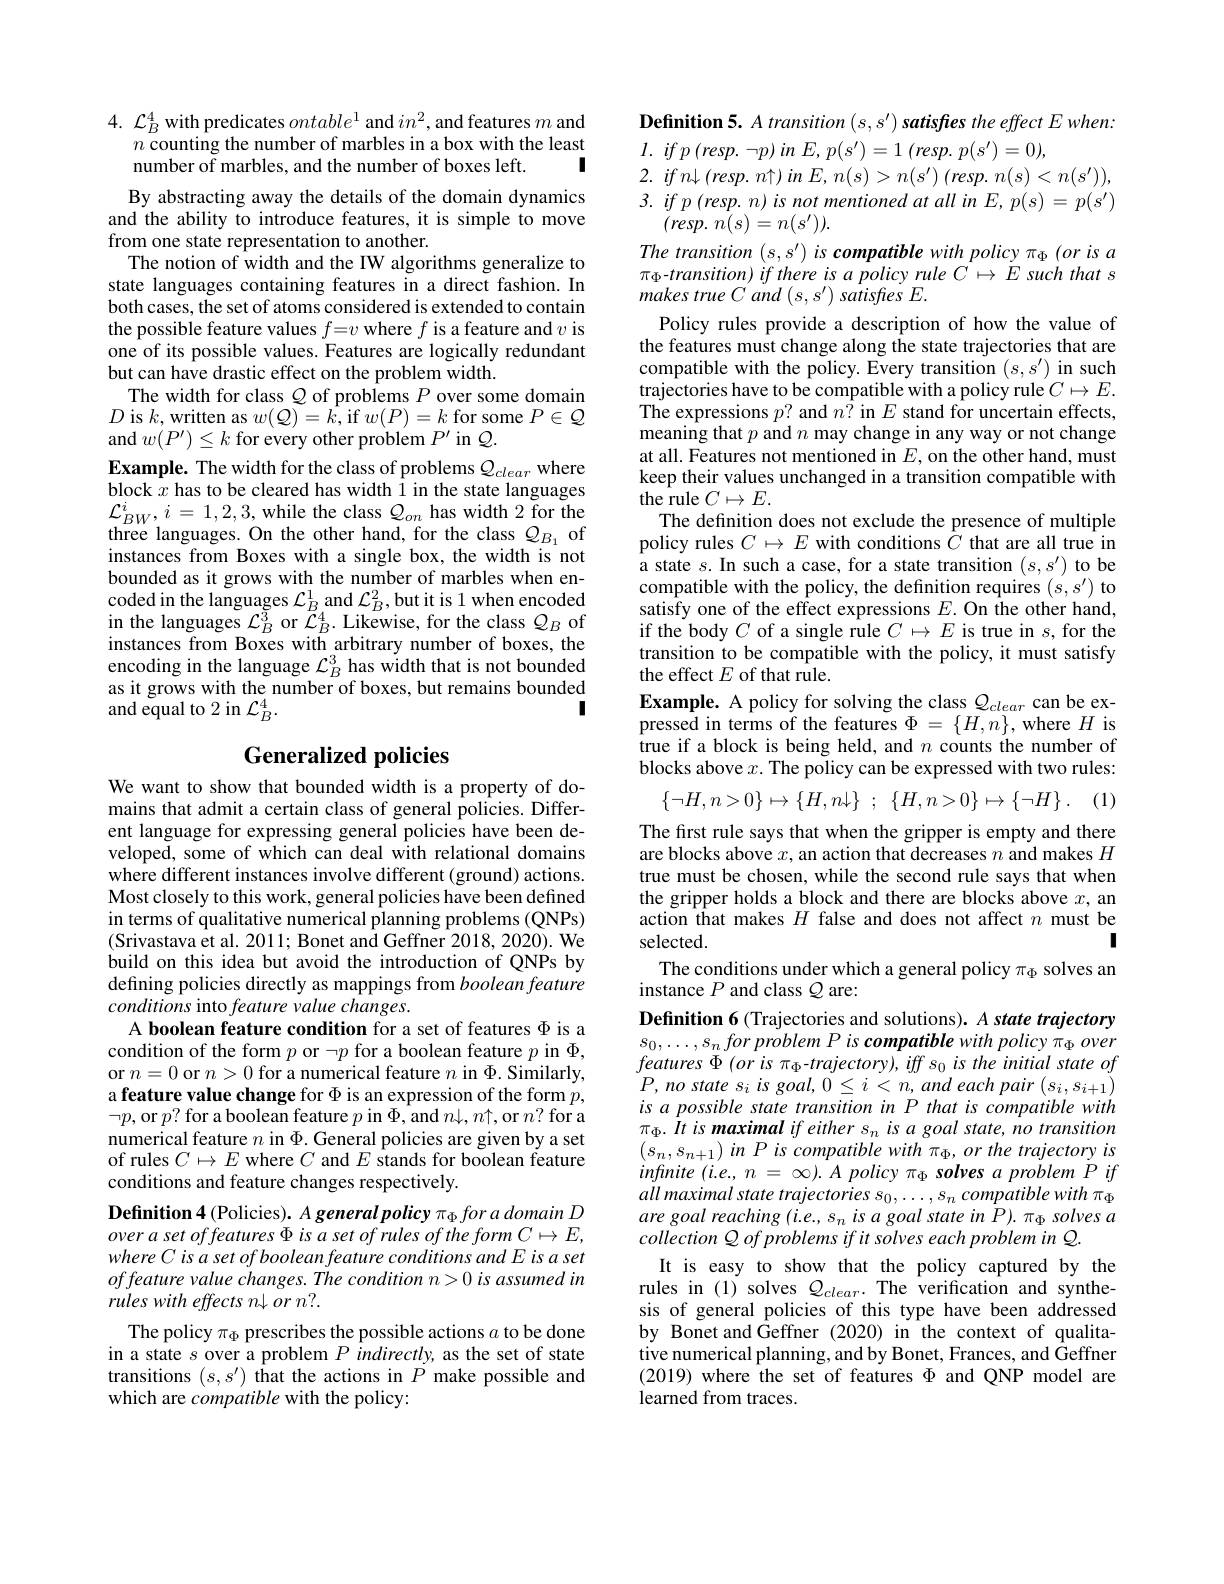
# $4.{\mathcal{L}}_{B}^{4}$ with predicates $ontable^1$ and $in^2$,and features $m$ and $n\hat{\text{ counting the number of marbles in a box with the least}}$ I number of marbles, and the number of boxes left.

By abstracting away the details of the domain dynamics and the ability to introduce features, it is simple to move from one state representation to another.
The notion of width and the IW algorithms generalize to state languages containing features in a direct fashion. In both cases, the set of atoms considered is extended to contain the possible feature values $f=v$ where $f$ is a feature and $v$ is one of its possible values. Features are logically redundant but can have drastic effect on the problem width.
The width for class $Q$ of problems $P$ over some domain $D$ is $k$,written as $w(\mathcal{Q})=\tilde{k}$,if $w(P)=k$ for some $P\in\mathcal{Q}$ and $w(P^{\prime})\leq k$ for every other problem $P^\prime$ in $Q.$
Example. The width for the class of problems $\mathcal{Q}_clear$ where block $x$ has to be cleared has width I in the state languages $\mathcal{L}_{BW}^{i},i=1,2,3$,while the class $\mathcal{Q}_on$ has width 2 for the three languages. On the other hand, for the class $Q_{B_1}$ of instances from Boxes with a single box, the width is not bounded as it grows with the number of marbles when encoded in the languages $\mathcal{L}_B^1$ and $\mathcal{L}_B^2$,but it is 1 when encoded in the languages $\mathcal{L}_B^3$ or $\mathcal{L}_B^4.$ Likewise, for the class $\mathcal{Q}_B$ of instances from Boxes with arbitrary number of boxes, the encoding in the language $\mathcal{L}_B^3$ has width that is not bounded as it grows with the number of boxes, but remains bounded
I
and equal to 2 in $\mathcal{L}_B^4.$

## Generalized policies

We want to show that bounded width is a property of domains that admit a certain class of general policies. Different language for expressing general policies have been developed, some of which can deal with relational domains where different instances involve different (ground) actions. Most closely to this work, general policies have been defined in terms of qualitative numerical planning problems (QNPs) (Srivastava et al. 2011; Bonet and Geffner 2018, 2020). { We} build on this idea but avoid the introduction of QNPs by defining policies directly as mappings from booleanfeature conditions into feature value changes.
A boolean feature condition for a set of features $\Phi$ is a condition of the form $p$ or $\neg p$ for a boolean feature $p$ in $\Phi$, or $n=0$ or $n>0$ for a numerical feature $n$ in $\Phi.$ Similarly, a feature value change for $\Phi$ is an expression of the form $p$, $\neg p$,or $p?$ for a boolean feature $p$ in $\Phi$,and $n\downarrow,n\uparrow$,or $n?$ for a numerical feature $n$ in $\Phi.$ General policies are given by a set of rules $C\mapsto E$ where $C$ and $\hat{E}$ stands for boolean feature conditions and feature changes respectively.

Definition 4 (Policies). A general policy $\pi_\Phi fora$ domain D $overasetoffeatures\Phi isasetofrulesoftheformC\mapsto E$, where C is a set of boolean feature conditions and E is a set offeature value changes. The condition n>0 is assumed in rules with effects n l or n?.

The policy $\pi_\Phi$ prescribes the possible actions $a$ to be done in a state $s$ over a problem $P$ indirectly, as the set of state transitions $(s,s^{\prime})$ that the actions in $P$ make possible and which are compatible with the policy:

$\textbf{Definition 5. A transition }( s, s^{\prime })$ satisfies the effect E when:
$l.$ $if$ $p$ $( resp.$ $\neg p)$ $in$ $E$, $p( s^{\prime }) = 1$ $( resp.$ $p( s^{\prime }) = 0) $,
2. $if$ $n\downarrow$ $( resp.$ $n\uparrow )$ $in$ $E$, $n( s) >$ $n( s^{\prime })$ $( resp.$ $n( s) < n( s^{\prime }) ) $, $3.ifp(resp.n)isnotmentionedatallinE,p(s)=p(s^{\prime})$
$( resp.$ $n( s) = n( s^{\prime }) ) .$
The transition $(s,s^{\prime})is$ compatible with policy $\pi_\Phi(orisa$ $\pi _{\Phi }- transition) \textit{ if there is a policy rule C}\mapsto E$ such that s makes true C and (s,s') satisfies E.
Policy rules provide a description of how the value of the features must change along the state trajectories that are compatible with the policy. Every transition $(s,s^{\prime})$ in such trajectories have to be compatible with a policy rule $C\mapsto E.$ The expressions $p?$ and $n^{\grave{7}}$ in $E$ stand for uncertain effects, meaning that $p$ and $n$ may change in any way or not change at all. Features not mentioned in $E$, on the other hand, must keep their values unchanged in a transition compatible with the rule $C\mapsto E.$
The definition does not exclude the presence of multiple policy rules $C\mapsto E$ with conditions $\bar{C}$ that are all true in a state $s.$In such a case, for a state transition $(s,s^{\prime})$ to be compatible with the policy, the definition requires $(s,s^{\prime})$ tosatisfy one of the effect expressions $E.$ On the other hand, if the body $C$ of a single rule $C\mapsto E$ is true in $s$,for the transition to be compatible with the policy, it must satisfy the effect $E$ of that rule.
Example. A policy for solving the class $Q_{clear}$ can be expressed in terms of the features $\Phi=\{H,n\}$,where $H$ is true if a block is being held, and $n$ counts the number of blocks above $x.$ The policy can be expressed with two rules:
$$\{\neg H,n>0\}\mapsto\{H,n\downarrow\}\:;\:\{H,n>0\}\mapsto\{\neg H\}\:.$$
(1)
The first rule says that when the gripper is empty and there are blocks above $x$, an action that decreases $n$ and makes $H$ true must be chosen, while the second rule says that when the gripper holds a block and there are blocks above $x$, an action that makes $H$ false and does not affect $n$ must be
I
selected.
The conditions under which a general policy $\pi_\Phi$ solves an
instance $P$ and class $\mathcal{Q}$ are:
Definition 6 (Trajectories and solutions). A state trajectory $s_0, \ldots , s_n\textit{for problem P is compatible with policy }_\Phi \textit{over}$ $features~\Phi~(or~is~\pi_{\Phi}-trajectory),~iff~s_{0}~is~the~initial~state~of$ $P, \textit{no state s}_{i}\textit{is goal, }0\leq i< n, \textit{and each pair}\left ( s_{i}, s_{i+ 1}\right )$ is a possible state transition in P that is compatible with $\pi_{\Phi}.Itismaximalifeithers_{n}isagoalstate,notransition$ $\left(s_{n},s_{n+1}\right)inPis$ compatible with $\pi_\Phi,or$ the trajectory is infinite $( i. e. , n= \infty ) . A\textit{policy }_\Phi \textit{solves a problem P if}$ $allmaximalstatetrajectoriess_{0},\ldots,s_{n}compatiblewith\pi_{\Phi}$ are goal reaching (i.e., s is a goal state in P). π solves a collection Q of problems if it solves each problem in Q.
It is easy to show that the policy captured by the rules in (1) solves $Q_{clear}.$ The verification and synthesis of general policies of this type have been addressed by Bonet and Geffner (2020) in the context of qualitative numerical planning, and by Bonet, Frances, and Geffner (2019) where the set of features $\Phi$ and QNP model are learned from traces.